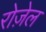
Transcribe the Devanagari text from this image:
रोज़ेल